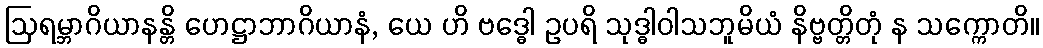
ဩရမ္ဘာဂိယာနန္တိ ဟေဋ္ဌာဘာဂိယာနံ, ယေ ဟိ ဗဒ္ဓေါ ဥပရိ သုဒ္ဓါဝါသဘူမိယံ နိဗ္ဗတ္တိတုံ န သက္ကောတိ။